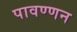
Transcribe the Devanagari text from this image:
पावण्णन